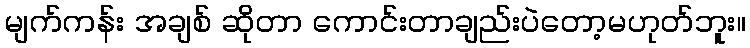
မျက်ကန်း အချစ် ဆိုတာ ကောင်းတာချည်းပဲတော့မဟုတ်ဘူး။